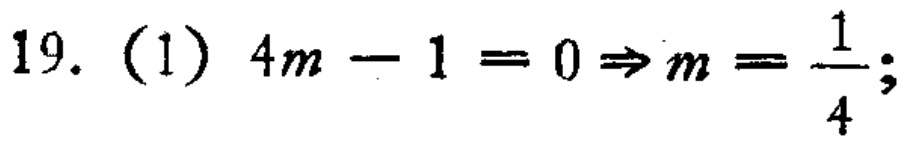
19. (1) \(4m - 1 = 0\Rightarrow m=\frac{1}{4};\)